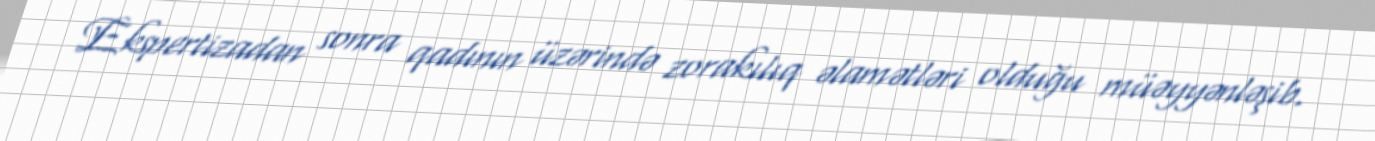
Ekspertizadan sonra qadının üzərində zorakılıq əlamətləri olduğu müəyyənləşib.